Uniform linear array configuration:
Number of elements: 12
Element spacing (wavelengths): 0.75
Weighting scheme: kaiser
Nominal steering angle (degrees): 15
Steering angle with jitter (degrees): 16.756
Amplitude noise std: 0.05
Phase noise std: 0.05

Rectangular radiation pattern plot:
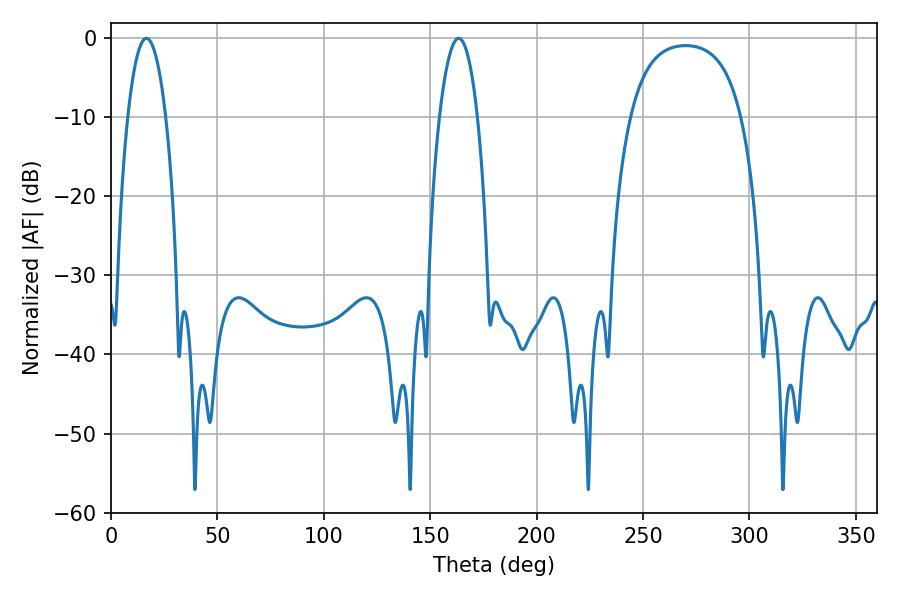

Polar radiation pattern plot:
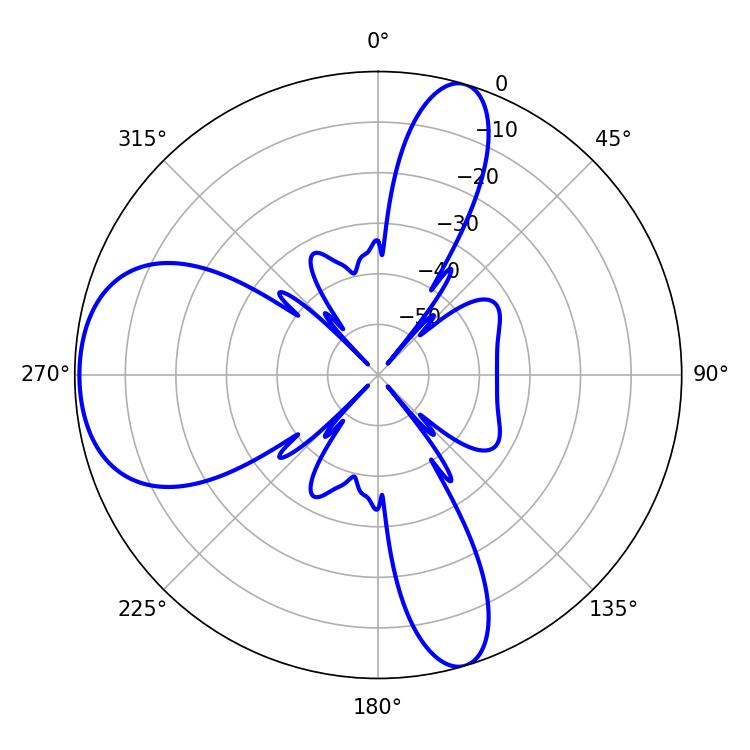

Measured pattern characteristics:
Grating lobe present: TRUE
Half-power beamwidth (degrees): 9.9
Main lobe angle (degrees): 163.44